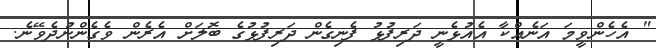
" އެހެންވީމަ އަނެއްކާ އެއުޅެނީ ދަރިފުޅު ފެނިގެން ދަރިފުޅުގެ ބޮލަށް އެރެން ވެގެންނުދެވޭނެ.